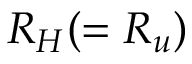
R _ { H } ( = R _ { u } )